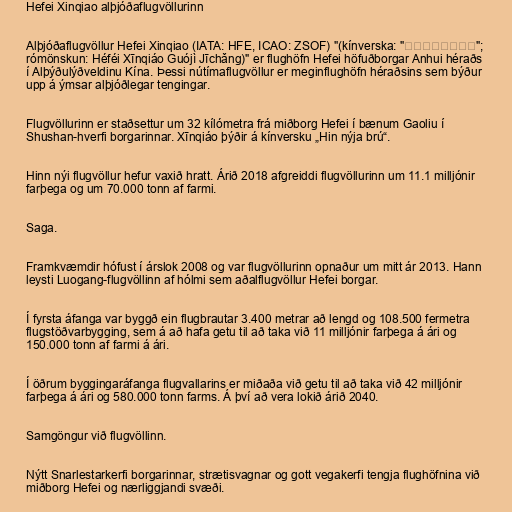
Hefei Xinqiao alþjóðaflugvöllurinn

Alþjóðaflugvöllur Hefei Xinqiao (IATA: HFE, ICAO: ZSOF) "(kínverska: "合肥新桥国际机场";
rómönskun: Héféi Xīnqiáo Guójì Jīchǎng)" er flughöfn Hefei höfuðborgar Anhui héraðs
í Alþýðulýðveldinu Kína. Þessi nútímaflugvöllur er meginflughöfn héraðsins sem býður
upp á ýmsar alþjóðlegar tengingar.

Flugvöllurinn er staðsettur um 32 kílómetra frá miðborg Hefei í bænum Gaoliu í
Shushan-hverfi borgarinnar. Xīnqiáo þýðir á kínversku „Hin nýja brú“.

Hinn nýi flugvöllur hefur vaxið hratt. Árið 2018 afgreiddi flugvöllurinn um 11.1 milljónir
farþega og um 70.000 tonn af farmi.

Saga.

Framkvæmdir hófust í árslok 2008 og var flugvöllurinn opnaður um mitt ár 2013. Hann
leysti Luogang-flugvöllinn af hólmi sem aðalflugvöllur Hefei borgar.

Í fyrsta áfanga var byggð ein flugbrautar 3.400 metrar að lengd og 108.500 fermetra
flugstöðvarbygging, sem á að hafa getu til að taka við 11 milljónir farþega á ári og
150.000 tonn af farmi á ári.

Í öðrum byggingaráfanga flugvallarins er miðaða við getu til að taka við 42 milljónir
farþega á ári og 580.000 tonn farms. Á því að vera lokið árið 2040.

Samgöngur við flugvöllinn.

Nýtt Snarlestarkerfi borgarinnar, strætisvagnar og gott vegakerfi tengja flughöfnina við
miðborg Hefei og nærliggjandi svæði.